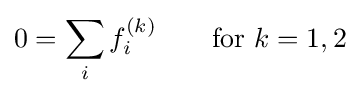
0=\sum _{i}f_{i}^{(k)}\qquad {\text{for }}k=1,2